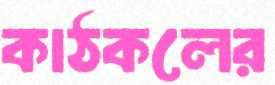
কাঠকলের